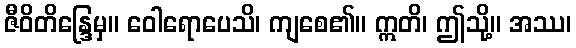
ဇီဝိတိန္ဒြေမှ။ ဝေါရောပေသိ၊ ကျစေ၏။ ဣတိ၊ ဤသို့။ အဿ၊